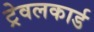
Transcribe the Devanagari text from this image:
ट्रेवलकार्ड